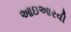
આઇઆરવી